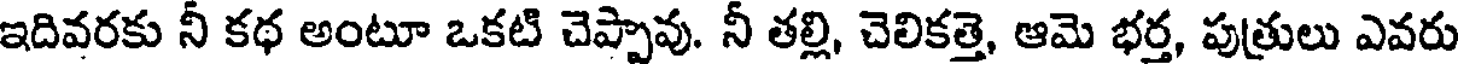
ఇదివరకు నీ కథ అంటూ ఒకటి చెప్పావు. నీ తల్లి, చెలికత్తె, ఆమె భర్త, పుత్రులు ఎవరు